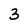
Character: 3